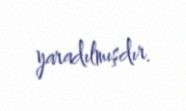
yaradılmışdır.